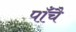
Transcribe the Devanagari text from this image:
पाँचै